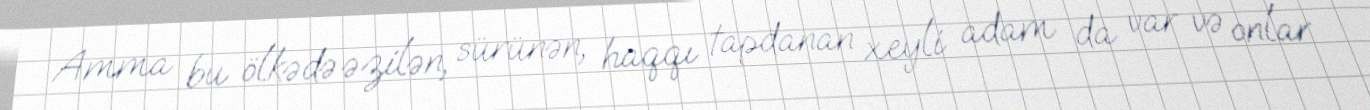
Amma bu ölkədə əzilən, sürünən, haqqı tapdanan xeyli adam da var və onlar